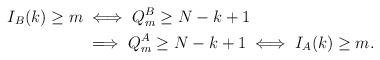
LaTeX: \begin{align*}I_B(k)\geq m &\iff Q_m^B\geq N-k+1 \\&\implies Q_m^A\geq N-k+1 \iff I_A(k)\geq m.\end{align*}